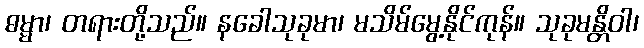
ဓမ္မာ၊ တရားတို့သည်။ နခေါသုခုမာ၊ မသိမ်မွေ့နိုင်ကုန်။ သုခုမန္တိဝါ၊